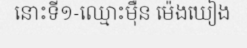
នោះទី១-ឈ្មោះម៉ឺន ម៉េងឃៀង